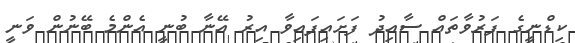
ކިޑްނީގެ ފަރުވާތައް ސާއިދު ފަށައިފައިވާ އިރު އޭނާ ބުނީ އެންމެ ބޭނުން ވަނީ